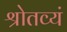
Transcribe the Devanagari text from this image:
श्रोतव्यं